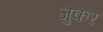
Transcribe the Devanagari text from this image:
ज़ुकर